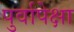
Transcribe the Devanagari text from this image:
पुर्वापेक्षा